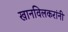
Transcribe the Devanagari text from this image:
खानविलकरांनी